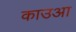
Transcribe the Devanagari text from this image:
काउआ